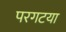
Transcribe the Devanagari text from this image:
परगटया